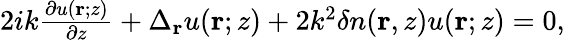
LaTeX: \begin{array}{r}{2ik\frac{\partial u(\mathbf{r};z)}{\partial z}+\Delta_{\mathbf{r}}u(\mathbf{r};z)+2k^{2}\delta n(\mathbf{r},z)u(\mathbf{r};z)=0,}\end{array}